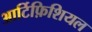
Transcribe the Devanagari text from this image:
आर्टिफ़िशियल